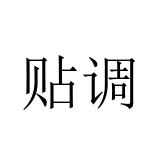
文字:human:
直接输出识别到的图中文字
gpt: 贴调